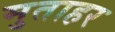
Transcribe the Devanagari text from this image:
मुताहर